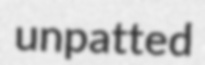
unpatted